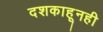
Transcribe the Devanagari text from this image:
दशकाहूनही